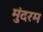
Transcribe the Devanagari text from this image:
मुंदरम